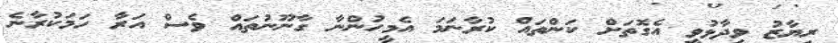
ރިޔާޒު ވިދާޅުވީ އެގޮތަށް ކަންތައް ކުރާނަމަ އެމީހުންނާ ގާނޫނުތައް ވެސް އަރާ ހަމަކުރާނެ